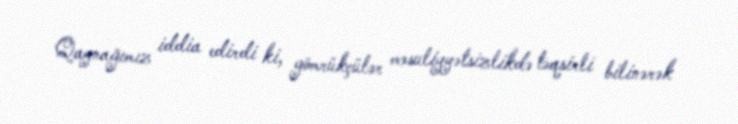
Qaynağımız iddia edirdi ki, gömrükçülər məsuliyyətsizlikdə təqsirli bilinərək